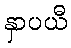
နှာပယီ